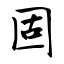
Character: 固